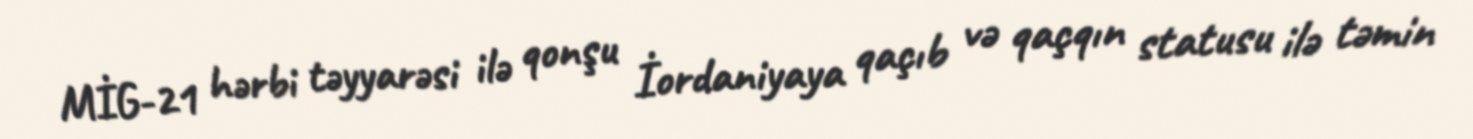
MİG-21 hərbi təyyarəsi ilə qonşu İordaniyaya qaçıb və qaçqın statusu ilə təmin